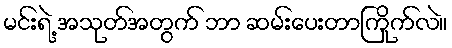
မင်းရဲ့ အသုတ်အတွက် ဘာ ဆမ်းပေးတာကြိုက်လဲ။